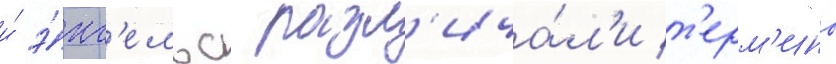
и́ э́нг'ельс разл'ича́л'и т'ерм'ины